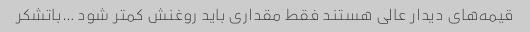
قیمه‌های دیدار عالی هستند فقط مقداری باید روغنش کمتر شود …باتشکر